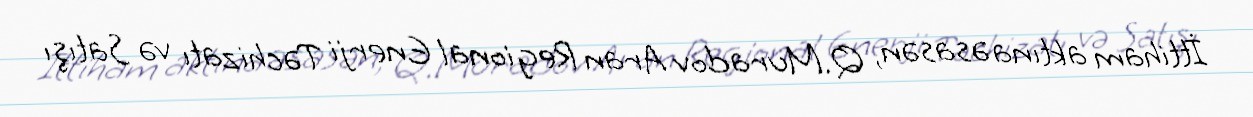
İttiham aktına əsasən, Q.Muradov Aran Regional Enerji Təchizatı və Satışı